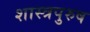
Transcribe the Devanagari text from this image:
शास्त्रपुरुष